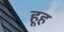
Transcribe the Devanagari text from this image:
हूह